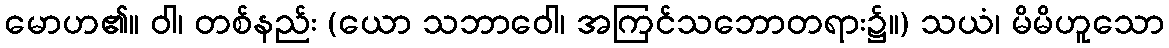
မောဟ၏။ ဝါ၊ တစ်နည်း (ယော သဘာဝေါ၊ အကြင်သဘောတရား၌။) သယံ၊ မိမိဟူသော